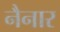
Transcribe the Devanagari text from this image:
नैनार